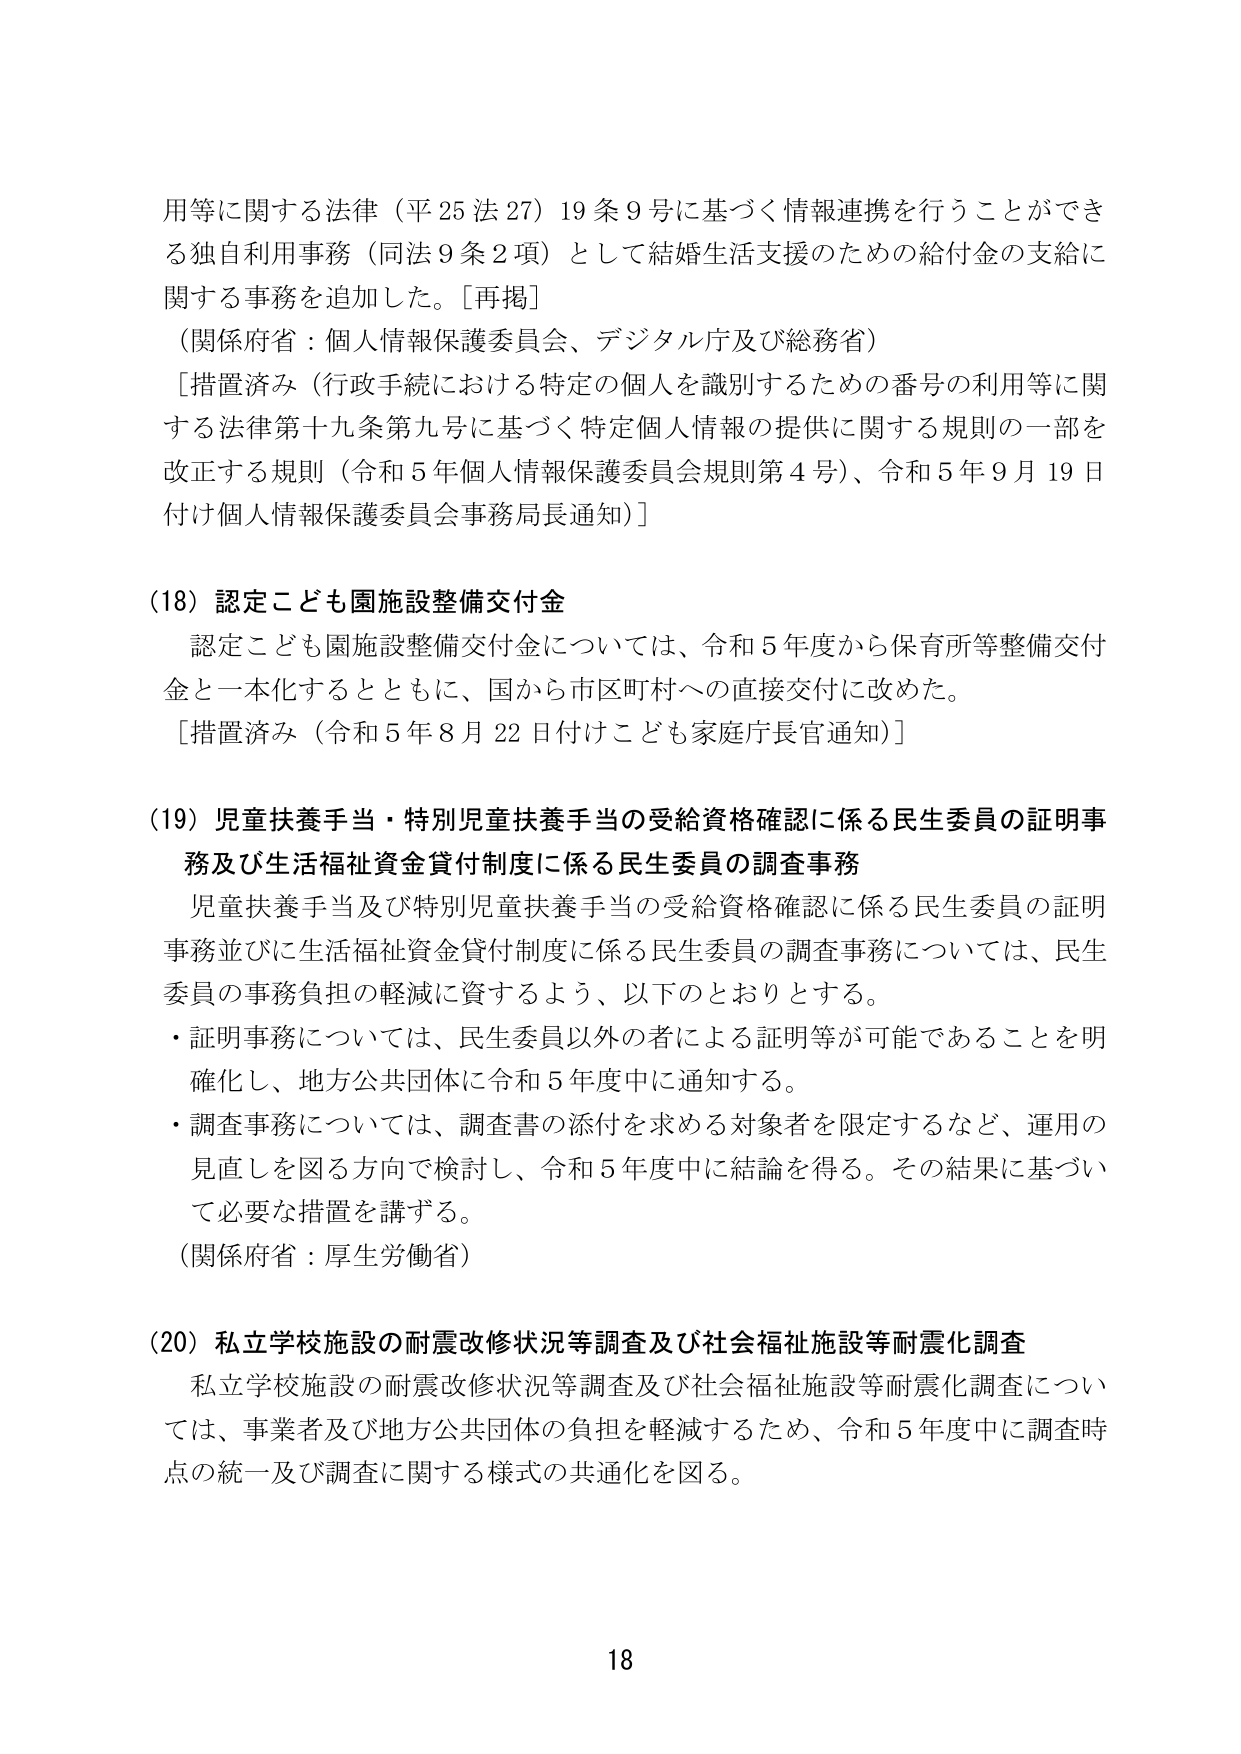
用等に関する法律（平25法27）19条9号に基づく情報連携を行うことができる独自利用事務（同法9条2項）として結婚生活支援のための給付金の支給に関する事務を追加した。［再掲］
（関係府省：個人情報保護委員会、デジタル庁及び総務省）
［措置済み（行政手続における特定の個人を識別するための番号の利用等に関する法律第十九条第九号に基づく特定個人情報の提供に関する規則の一部を改正する規則（令和5年個人情報保護委員会規則第4号）、令和5年9月19日付け個人情報保護委員会事務局長通知）］

（18）認定こども園施設整備交付金
認定こども園施設整備交付金については、令和5年度から保育所等整備交付金と一本化するとともに、国から市区町村への直接交付に改めた。
［措置済み（令和5年8月22日付けこども家庭庁長官通知）］

（19）児童扶養手当・特別児童扶養手当の受給資格確認に係る民生委員の証明事務及び生活福祉資金貸付制度に係る民生委員の調査事務
児童扶養手当及び特別児童扶養手当の受給資格確認に係る民生委員の証明事務並びに生活福祉資金貸付制度に係る民生委員の調査事務については、民生委員の事務負担の軽減に資するよう、以下のとおりとする。
・証明事務については、民生委員以外の者による証明等が可能であることを明確化し、地方公共団体に令和5年度中に通知する。
・調査事務については、調査書の添付を求める対象者を限定するなど、運用の見直しを図る方向で検討し、令和5年度中に結論を得る。その結果に基づいて必要な措置を講ずる。
（関係府省：厚生労働省）

（20）私立学校施設の耐震改修状況等調査及び社会福祉施設等耐震化調査
私立学校施設の耐震改修状況等調査及び社会福祉施設等耐震化調査については、事業者及び地方公共団体の負担を軽減するため、令和5年度中に調査時点の統一及び調査に関する様式の共通化を図る。

18